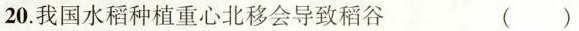
20.我国水稻种植重心北移会导致稻谷（）